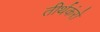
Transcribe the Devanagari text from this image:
तीर्थकंरो